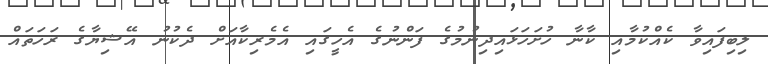
ލިބިފައިވާ ކެއްކުމާއި ކާނާ ހުށަހަޅައިދިނުމުގެ ފަންނުގެ އެހީގައި އެމެރިކާއަށް ދެކުނު އޭޝިޔާގެ ރަހަތައް